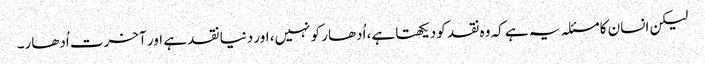
لیکن انسان کا مسئلہ یہ ہے کہ وہ نقد کو دیکھتا ہے، اُدھار کو نہیں، اور دنیا نقد ہے اور آخرت اُدھار۔